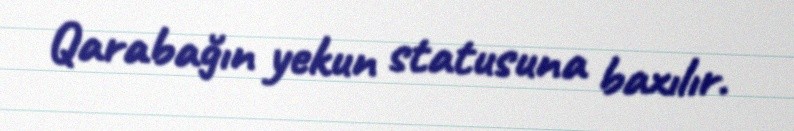
Qarabağın yekun statusuna baxılır.